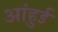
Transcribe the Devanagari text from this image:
आंहुई